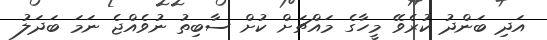
އަދި ބަންދު ކުރެވޭ މީހާގެ މައްޗަށް ކުށް ސާބިތު ނުވެއްޖެ ނަމަ ބަދަލު